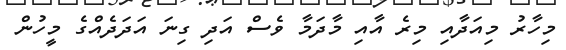
މިހާރު މިއަދާއި މިރެ އާއި މާދަމާ ވެސް އަދި ގިނަ އަދަދެއްގެ މީހުން